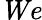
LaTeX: \mathit{We}